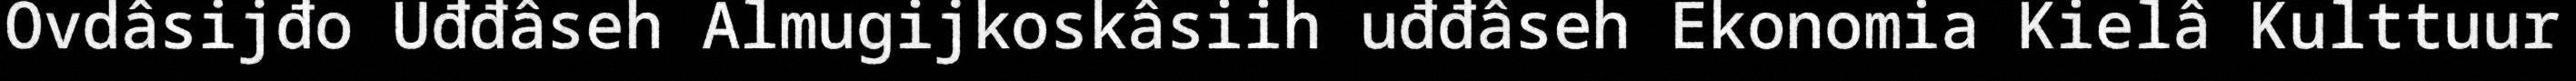
Ovdâsijđo Uđđâseh Almugijkoskâsiih uđđâseh Ekonomia Kielâ Kulttuur